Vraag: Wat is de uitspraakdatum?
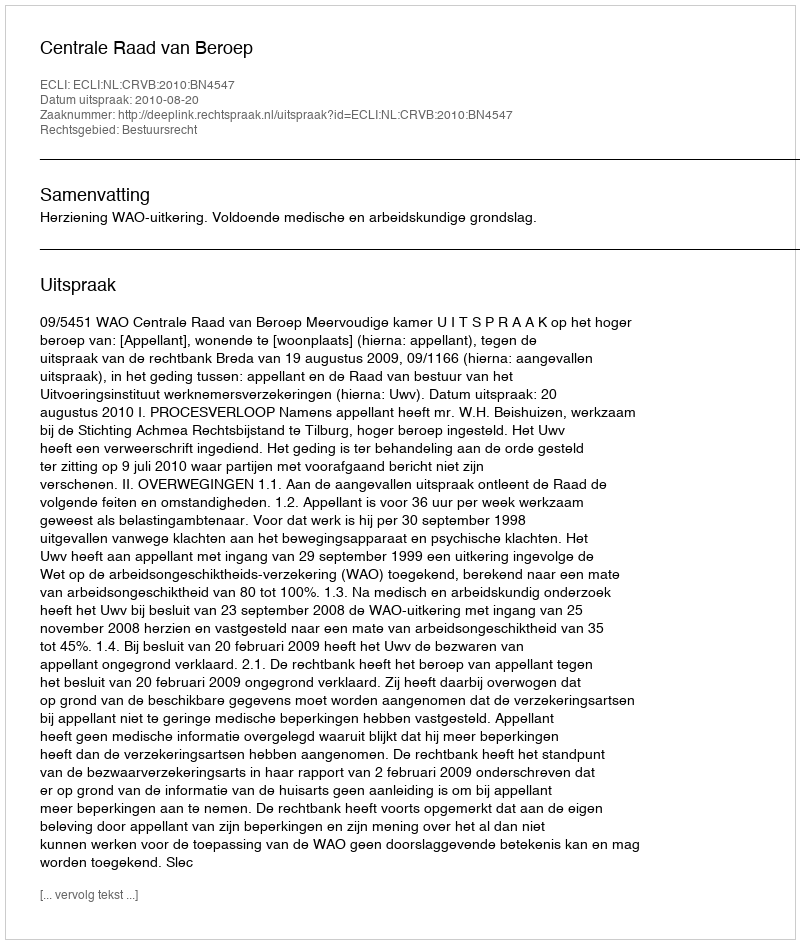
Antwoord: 2010-08-20